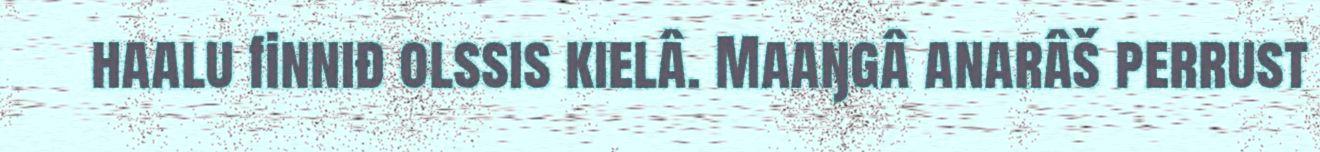
haalu finniđ olssis kielâ. Maaŋgâ anarâš perrust